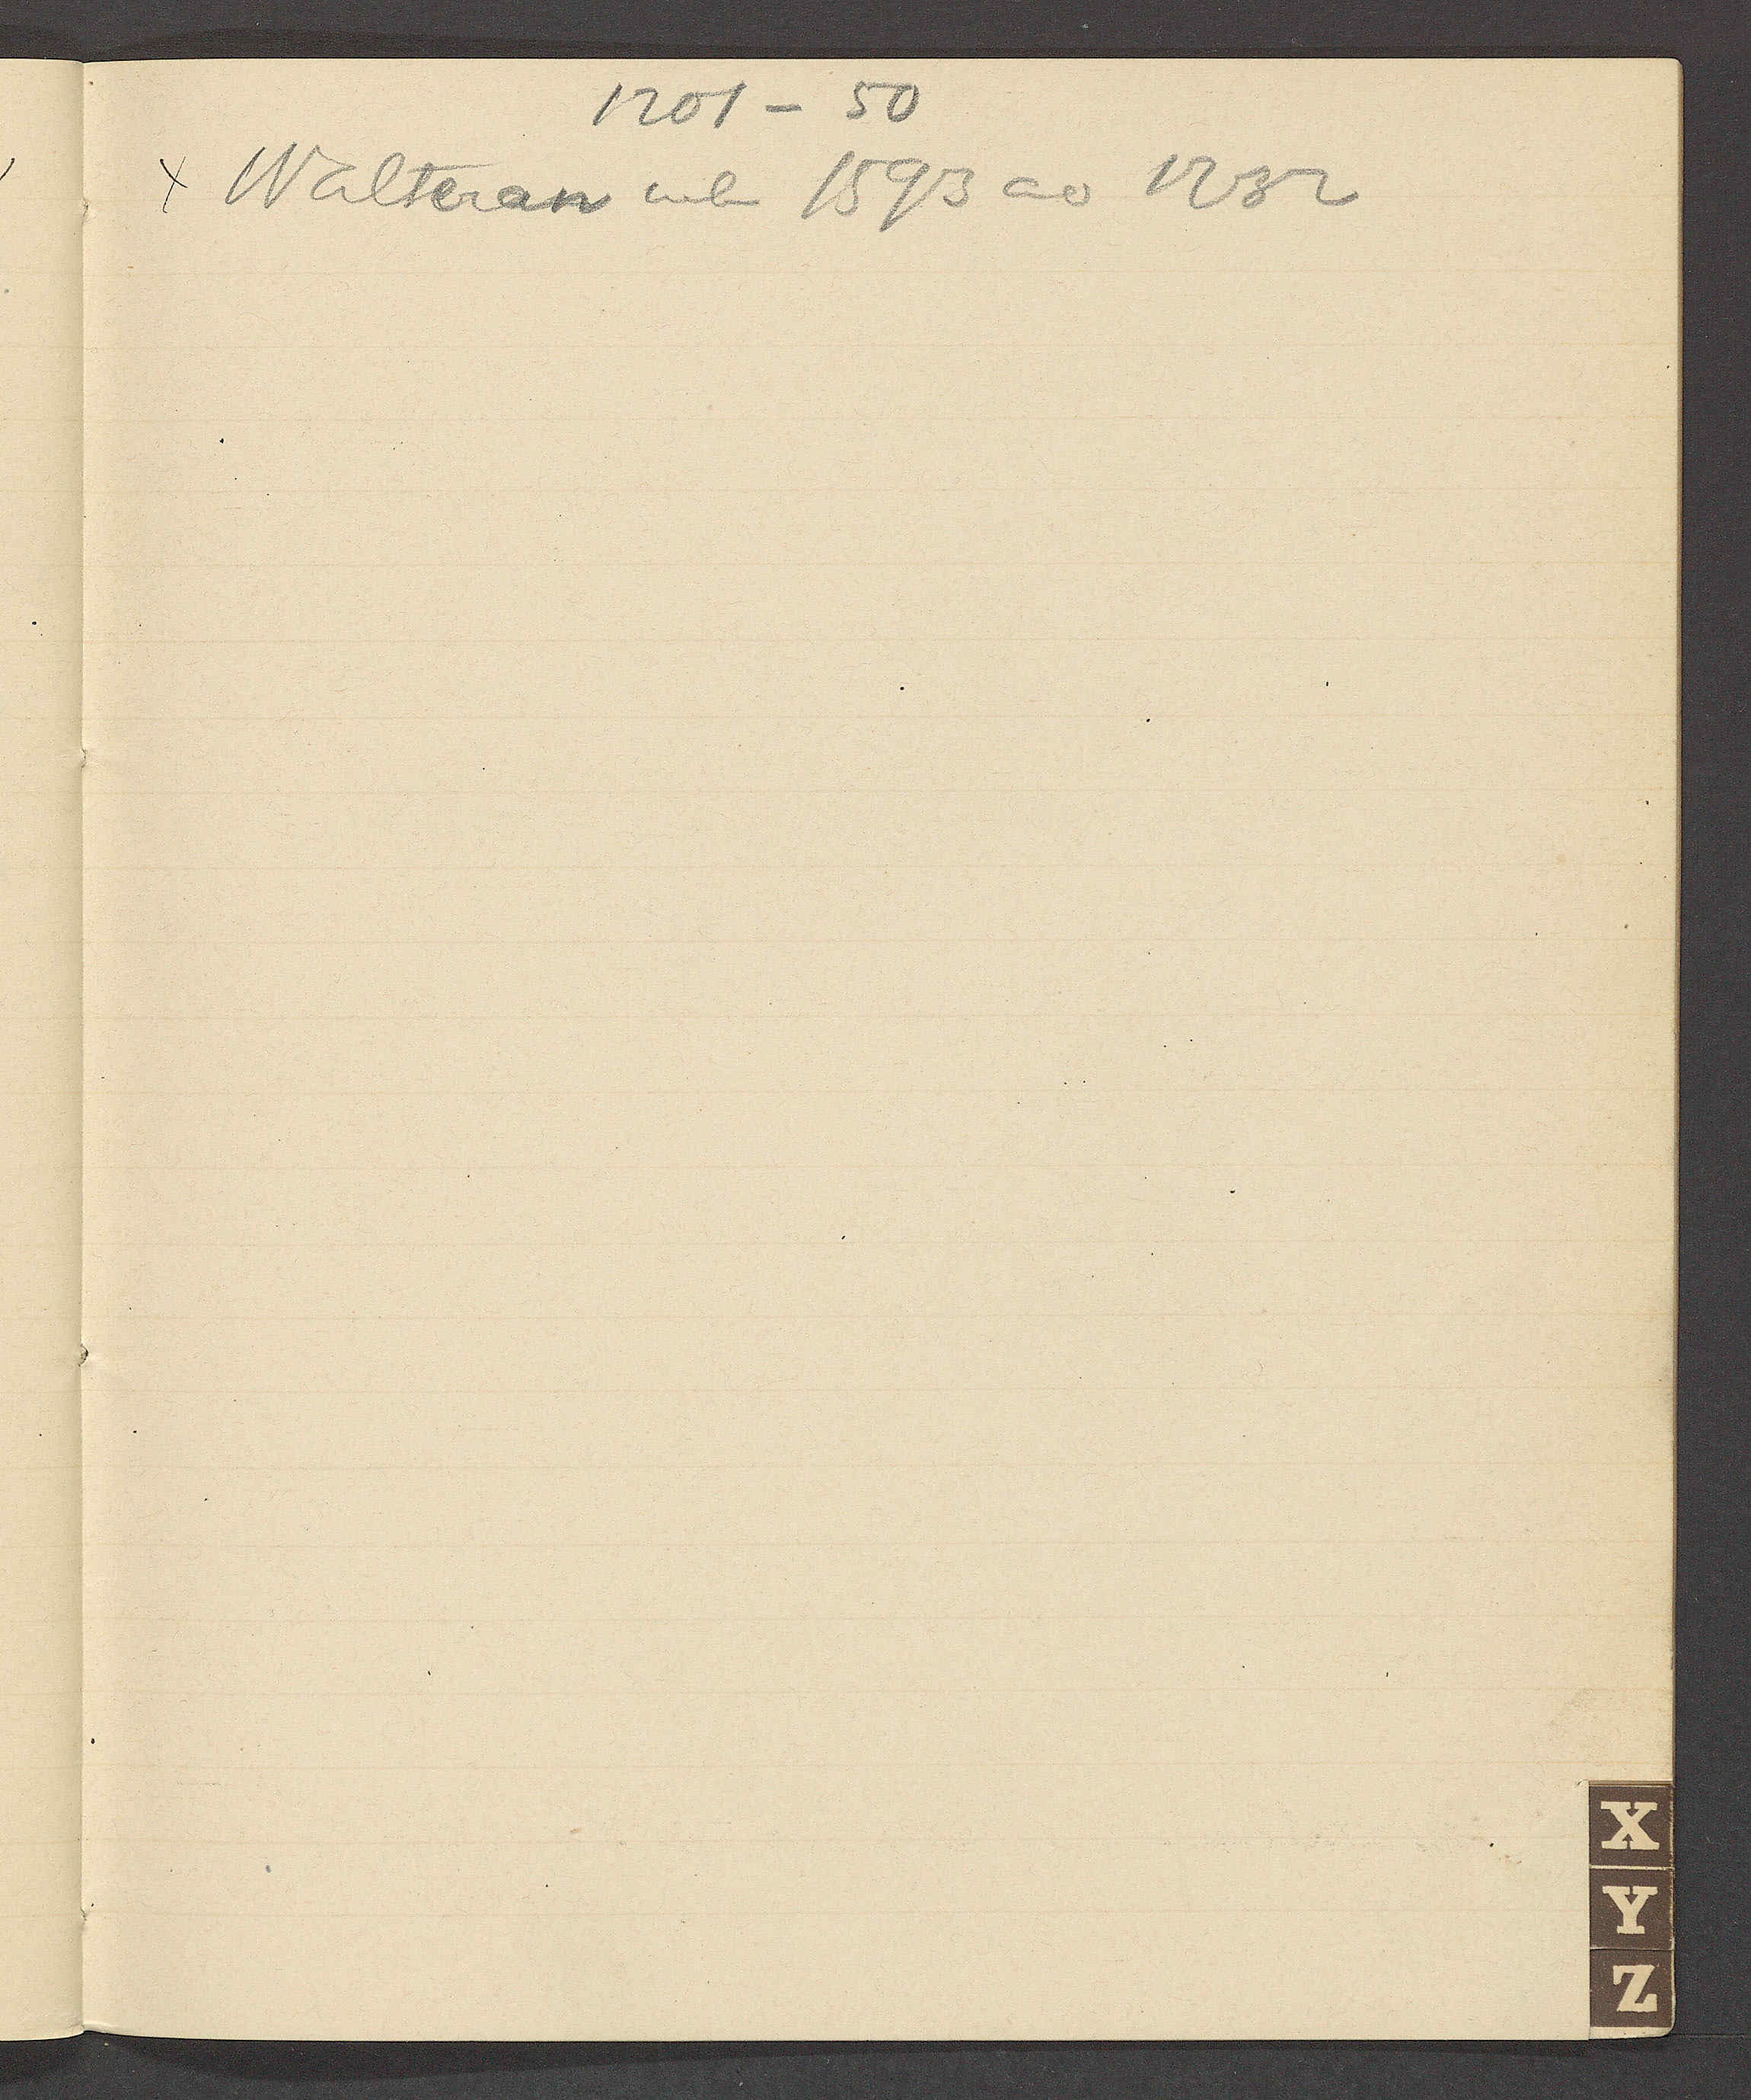
Transcript:
1201 – 50
Walteran neb 1593 ao 1232